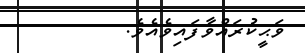
ވަޙީކުރައްވާފައިވެއެވެ.